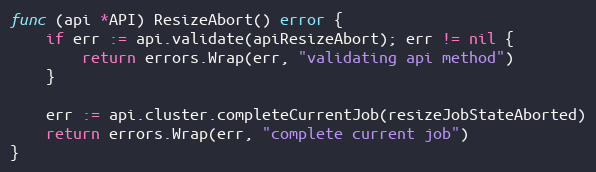
Language: Go
func (api *API) ResizeAbort() error {
	if err := api.validate(apiResizeAbort); err != nil {
		return errors.Wrap(err, "validating api method")
	}

	err := api.cluster.completeCurrentJob(resizeJobStateAborted)
	return errors.Wrap(err, "complete current job")
}